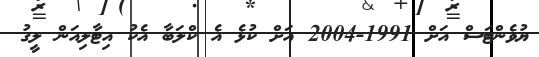
ޔުވެންޓަސް އަށް 1991-2004 އަށް ކުޅެ އެ ކްލަބާ އެކު އިޓާލިއަން ލީގު